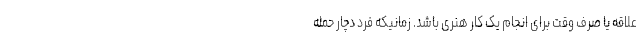
علاقه یا صرف وقت برای انجام یک کار هنری باشد. زمانیکه فرد دچار حمله